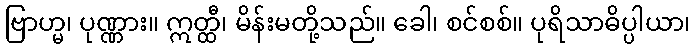
ဗြာဟ္မ၊ ပုဏ္ဏား။ ဣတ္ထီ၊ မိန်းမတို့သည်။ ခေါ၊ စင်စစ်။ ပုရိသာဓိပ္ပါယာ၊